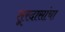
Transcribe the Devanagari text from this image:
सूरदासांचा